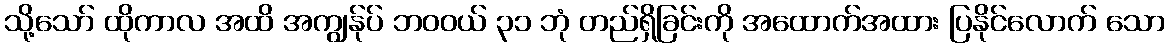
သို့သော် ထိုကာလ အထိ အကျွန်ုပ် ဘဝဝယ် ၃၁ ဘုံ တည်ရှိခြင်းကို အထောက်အထား ပြနိုင်လောက် သော